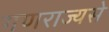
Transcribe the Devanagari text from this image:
गणराज्यसे